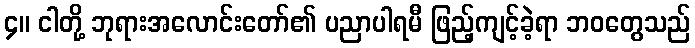
၄။ ငါတို့ ဘုရားအလောင်းတော်၏ ပညာပါရမီ ဖြည့်ကျင့်ခဲ့ရာ ဘဝတွေသည်